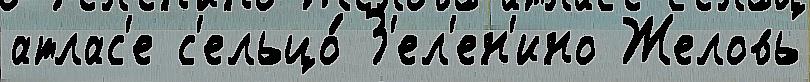
атлас'е с'ельцо́ З'ел'ен'ино Желовь